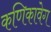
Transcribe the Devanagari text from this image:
कणिकावेग